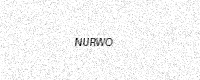
Text: NURWO